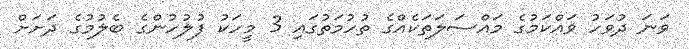
ވަނަ ދުވަހު ވައްކަމުގެ މައްސަލަތަކެއްގެ ތުހުމަތުގައި 3 މީހަކު ފުލުހުންގެ ބެލުމުގެ ދަށަށް